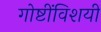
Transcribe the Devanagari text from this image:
गोष्टींविशयीं